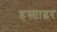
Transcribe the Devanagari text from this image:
हस्ताढर